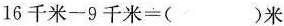
$$1 6 \text { 千 米 } - 9 \text { 千 米 } =$$()米